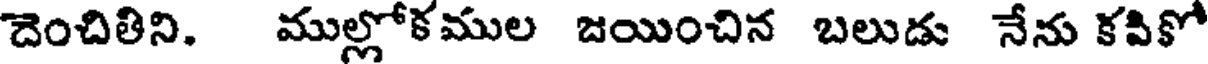
దెంచితిని. ముల్లోకముల జయించిన బలుడు నేను కవికో